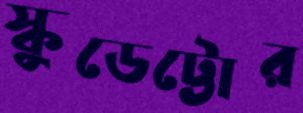
স্কুডেট্টোর